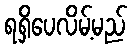
ရရှိပေလိမ့်မည်